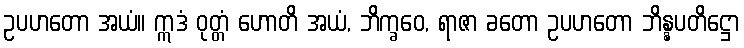
ဥပဟတော အယံ။ ဣဒံ ဝုတ္တံ ဟောတိ အယံ, ဘိက္ခဝေ, ရာဇာ ခတော ဥပဟတော ဘိန္နပတိဋ္ဌော